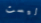
ليست